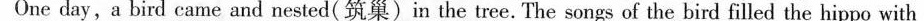
One day, a bird came and nested(筑巢)in the tree. The songs of the bird filled the hip po with